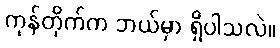
ကုန်တိုက်က ဘယ်မှာ ရှိပါသလဲ။